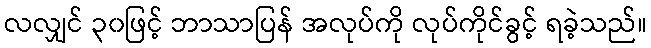
လလျှင် ၃၀ဖြင့် ဘာသာပြန် အလုပ်ကို လုပ်ကိုင်ခွင့် ရခဲ့သည်။